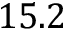
1 5 . 2